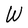
Character: W